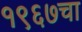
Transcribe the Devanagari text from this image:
१९६७चा